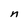
Character: n